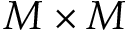
M \times M